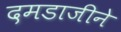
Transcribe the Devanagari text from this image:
दमडाजीने